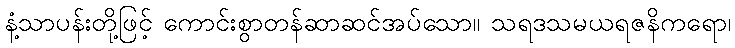
နံ့သာပန်းတို့ဖြင့် ကောင်းစွာတန်ဆာဆင်အပ်သော။ သရဒသမယရဇနိကရော၊